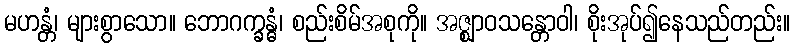
မဟန္တံ၊ များစွာသော။ ဘောဂက္ခန္ဓံ၊ စည်းစိမ်အစုကို။ အဇ္ဈာဝသန္တောဝါ၊ စိုးအုပ်၍နေသည်တည်း။